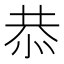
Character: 恭